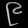
Digit: ၉